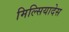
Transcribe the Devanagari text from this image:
मिल्सियादेस